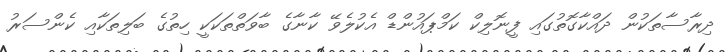
ދިރާސާތަކުން ދައްކާގޮތުގައި ފީނޮލިކް ކަމްޕައުންޑް އެކުލެވޭ ކާނާގެ ބާވަތްތަކަކީ ހިތުގެ ބަލިތަކާއި ކެންސަރު